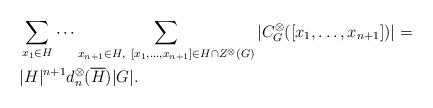
LaTeX: \begin{align*}&\sum _{x_{1} \in H}\cdots\sum _{x_{n+1} \in H,\ [x_{1},\ldots ,x_{n+1}]\in H \cap Z^{\otimes}(G)} \vert C^{\otimes}_{G}([x_{1},\ldots ,x_{n+1}])\vert =\\&\vert H \vert ^{n+1} d_{n}^{\otimes}(\overline{H})\vert G \vert . \end{align*}